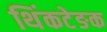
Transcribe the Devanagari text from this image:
थिंकटेङक